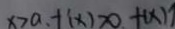
x > a . + ( x ) > 0 . + ( x ) \uparrow